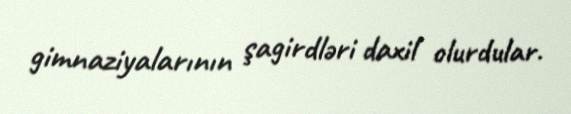
gimnaziyalarının şagirdləri daxil olurdular.